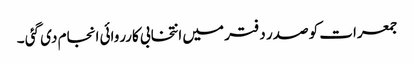
جمعرات کو صدر دفتر میں انتخابی کارروائی انجام دی گئی ۔